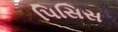
પિસિસ